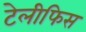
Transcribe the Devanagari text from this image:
टेलीफिस